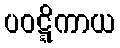
ပဝဋ္ဋိကာယ